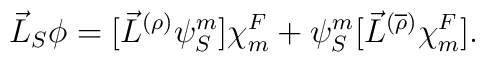
\vec{L}_S \phi = [{\vec{L}}^{(\rho)}{\psi}_S^m]	{\chi}^F_m + {\psi}_S^m	[{\vec{L}}^{(\overline{\rho})}{\chi}^F_m].